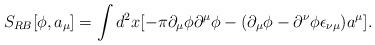
LaTeX: \begin{align*}S_{RB}[\phi,a_{\mu}]=\int d^{2}x [-\pi\partial _{\mu} \phi \partial^{\mu} \phi-(\partial _{\mu} \phi-\partial^{\nu}\phi\epsilon_{\nu \mu})a^{\mu}].\end{align*}